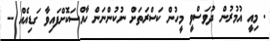
. މިއީ އުމުރުން ދުވަސްވީ މީހުން ކަސްރަތަށް ނުކުންނަން ހާއްސަކޮށްފައިވާ ގަޑިއެއް --